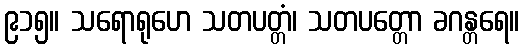
၉၁၅။ သရောရုဟေ သတပတ္တံ၊ သတပတ္တော ခဂန္တရေ။